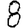
Digit: 8